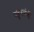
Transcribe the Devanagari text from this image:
बहुस्तंभी